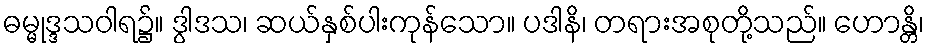
ဓမ္မုဒ္ဒသဝါရ၌။ ဒွါဒသ၊ ဆယ်နှစ်ပါးကုန်သော။ ပဒါနိ၊ တရားအစုတို့သည်။ ဟောန္တိ၊